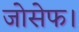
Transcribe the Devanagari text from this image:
जोसेफ।